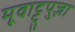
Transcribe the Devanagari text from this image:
मूवाट्टुपुज़ा